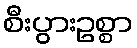
စီးပွားဥစ္စာ